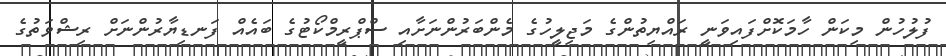
ފުލުހުން މިކަން ހާމަކޮށްފައިވަނީ ރައްޔިތުންގެ މަޖިލީހުގެ މެންބަރުންނަށާއި ސްޕްރީމްކޯޓުގެ ބައެއް ފަނޑިޔާރުންނަށް ރިޝްވަތުގެ